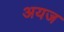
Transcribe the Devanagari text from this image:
अयज